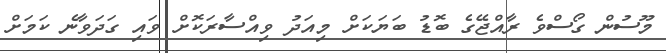
މޫސުން ގޯސްވެ ރާއްޖޭގެ ބޮޑު ބަޔަކަށް މިއަދު ވިއްސާރަކޮށް ވައި ގަދަވާނެ ކަމަށް